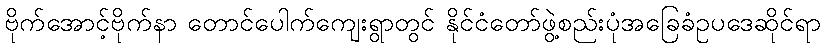
ဗိုက်အောင့်ဗိုက်နာ တောင်ပေါက်ကျေးရွာတွင် နိုင်ငံတော်ဖွဲ့စည်းပုံအခြေခံဥပဒေဆိုင်ရာ